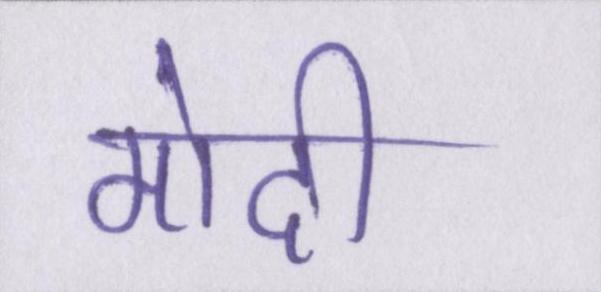
मोदी